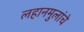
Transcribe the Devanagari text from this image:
लहानमुलांचे